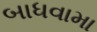
બાધવામા